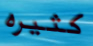
كثيره